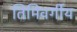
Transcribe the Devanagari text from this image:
तिमिवर्गीय